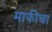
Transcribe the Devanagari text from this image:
माफीचा